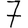
Digit: 7